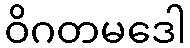
ဝိဂတမဒေါ